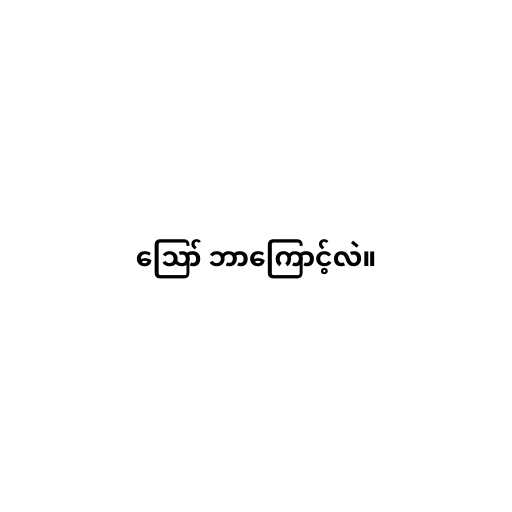
ဪ ဘာကြောင့်လဲ။